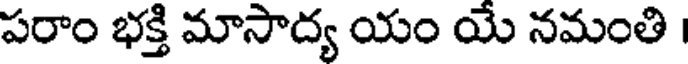
పరాం భక్తి మాసాద్య యం యే నమంతి